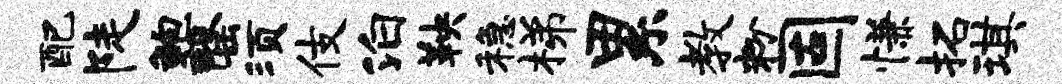
配陡鲍罄须伎泊鞅稳梯累教粉固慊拓琪